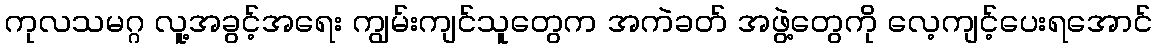
ကုလသမဂ္ဂ လူ့အခွင့်အရေး ကျွမ်းကျင်သူတွေက အကဲခတ် အဖွဲ့တွေကို လေ့ကျင့်ပေးရအောင်